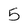
Character: 5